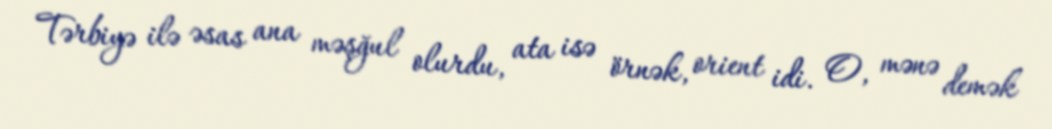
Tərbiyə ilə əsas ana məşğul olurdu, ata isə örnək, orient idi. O, mənə demək